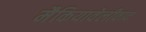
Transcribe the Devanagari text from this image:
मैकियावेलीवाद